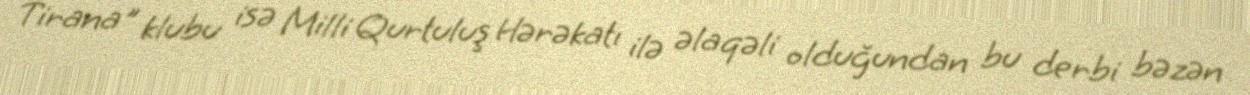
Tirana" klubu isə Milli Qurtuluş Hərəkatı ilə əlaqəli olduğundan bu derbi bəzən